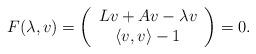
LaTeX: \begin{align*}F(\lambda,v)=\left(\begin{array}{cc}Lv+Av -\lambda v\\ \langle v, v \rangle -1\end{array}\right)=0.\end{align*}